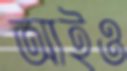
আইও